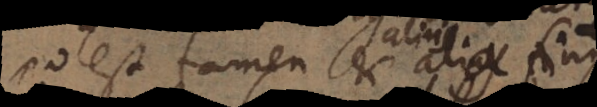
Potest tamen et alia fingi